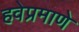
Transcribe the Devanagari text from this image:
हवेप्रमाणे